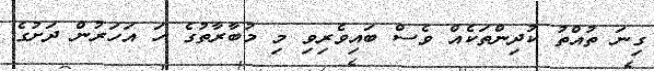
ގިނަ ތުއްތު ކުދިންތަކެއް ވެސް ބައިވެރިވި މި މުބާރާތުގެ ހަ އަހަރުން ދަށުގެ